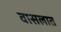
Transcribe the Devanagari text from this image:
वासलात